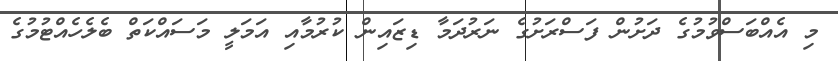
މި އެއްބަސްވުމުގެ ދަށުން ފަސްރަށުގެ ނަރުދަމާ ޑިޒައިން ކުރުމާއި އަމަލީ މަސައްކަތް ބެލެހެއްޓުމުގެ